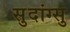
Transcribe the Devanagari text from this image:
सुदांग्सु